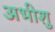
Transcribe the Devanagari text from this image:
अभीशु